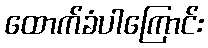
ထောက်ခံပါကြောင်း